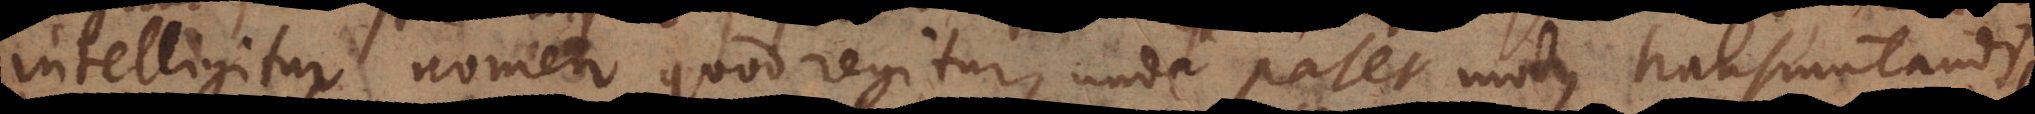
intelligitur nomen quod regitur, unde patet modus transmutandi